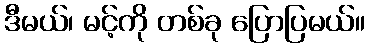
ဒီမယ်၊ မင့်ကို တစ်ခု ပြောပြမယ်။